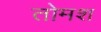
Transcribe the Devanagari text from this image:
तोमश